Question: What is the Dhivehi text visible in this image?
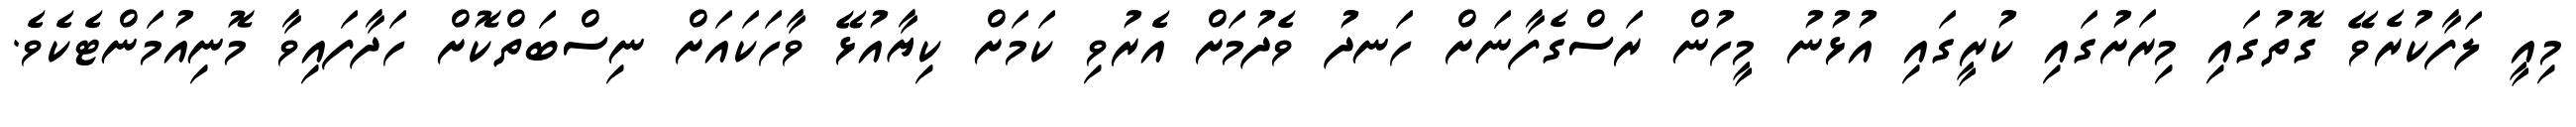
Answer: މިއީ ލަފާކުރެވޭ ގޮތުގައި މިރަށުގައި ކުރީގައި އުޅުނު މީހުން ރަސްގެފާނަށް ހަނދު ވެދުމަށް އެރުވި ކަމަށް ކިޔާއުޅޭ ވާހަކައަށް ނިސްބަތްކޮށް ހަދާފައިވާ މޮނިއުމަންޓެކެވެ.